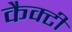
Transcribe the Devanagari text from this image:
कैक्टी